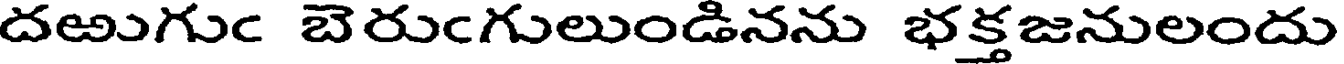
దఱుగుఁ బెరుఁగులుండినను భక్తజనులందు